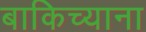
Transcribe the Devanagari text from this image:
बाकिच्याना